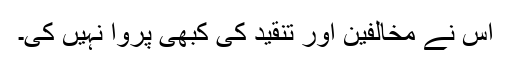
اس نے مخالفین اور تنقید کی کبھی پروا نہیں کی۔